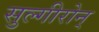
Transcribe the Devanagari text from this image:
सुल्गीरोन्